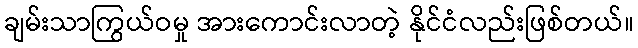
ချမ်းသာကြွယ်ဝမှု အားကောင်းလာတဲ့ နိုင်ငံလည်းဖြစ်တယ်။